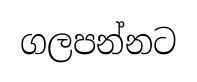
ගලපන්නට